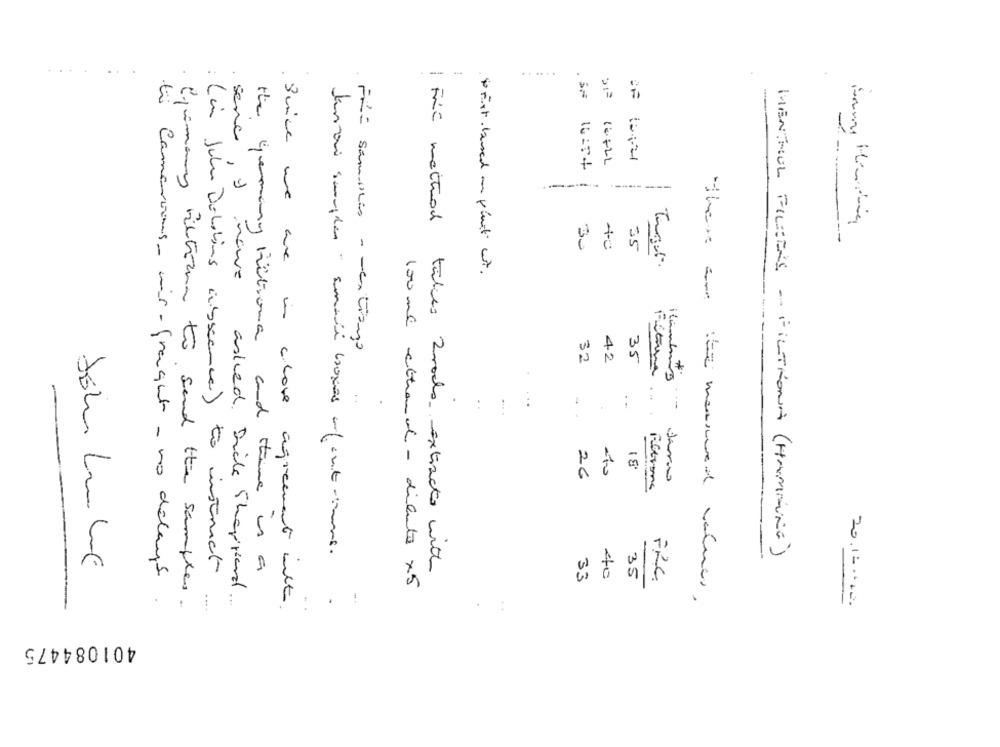
...
--
......
. SN
senc
16.721
30
35
Turgut.
* Fixt based on plnit wir.
FRI samples - mentiona
42
35
32
*
:
.
. -
Comentons- mis-fraught -
18
26
Jenai samples " email boxes un/ entsinne.
MENTHOL FILTERS - FILTRONA (HAMMING)
Fic method tables 2rodas extracto with
- no delays
: (in John Dobbins absence) to instruct
the Germany hitroma and there is a
33
440
35
PRC
asked . Dick Sheppard .
100 ml ethanol - dilente x5
. Snice we are in close agreement with
there are ite measured values.
...
.
-.
20.100110.
Cjimany filtrare to send the samples.
....
401084475